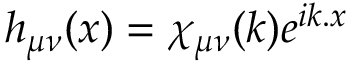
h _ { \mu \nu } ( x ) = \chi _ { \mu \nu } ( k ) e ^ { i k . x }